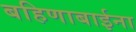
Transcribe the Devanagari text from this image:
बहिणाबाईना